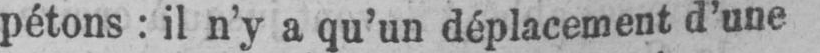
pétons: il n’y a qu’un déplacement d’une